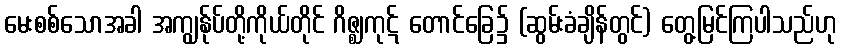
မေးစစ်သောအခါ အကျွန်ုပ်တို့ကိုယ်တိုင် ဂိဇ္ဈကုဋ် တောင်ခြေ၌ (ဆွမ်းခံချိန်တွင်) တွေ့မြင်ကြပါသည်ဟု